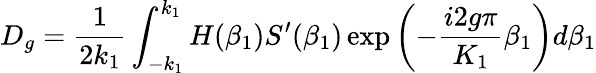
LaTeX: D_{g}=\frac{1}{2k_{1}}\int_{-k_{1}}^{k_{1}}H(\beta_{1})S^{\prime}(\beta_{1})\exp\left(-\frac{i2g\pi}{K_{1}}\beta_{1}\right)d\beta_{1}